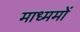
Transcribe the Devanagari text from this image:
माध्ममों